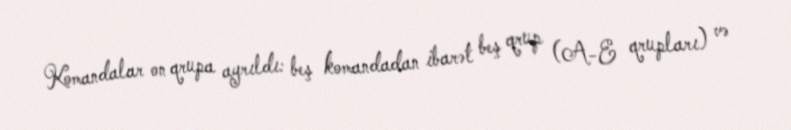
Komandalar on qrupa ayrıldı: beş komandadan ibarət beş qrup (A-E qrupları) və